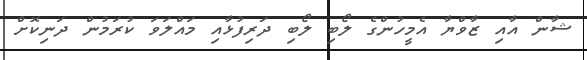
ޝާން އާއި ޒާވްޔާ އެމީހުންގެ ލޯބި ލޯބި ދަރިފުޅާއި މައްލަވަ ކުރަމުން ދަނިކޮށް